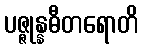
ပဇ္ဇုန္နဓီတရောတိ